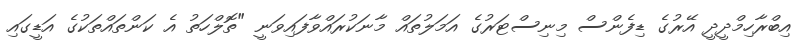
އިބްރާހިމްދީދީ އޭރުގެ ޑިފެންސް މިނިސްޓަރުގެ އަމަލުތައް މާނަކުރައްވާފައިވަނީ "ތޮލްހަތު އެ ކަންތައްތަކުގެ އަޑީގައި